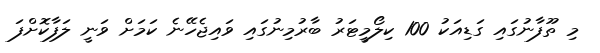
މި ތޫފާނުގައި ގަޑިއަކު 100 ކިލޯމީޓަރު ބާރުމިނުގައި ވައިޖެހޭނެ ކަމަށް ވަނީ ލަފާކޮށްފަ